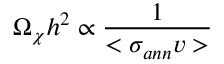
\Omega _ { \chi } h ^ { 2 } \propto \frac { 1 } { < \sigma _ { a n n } v > }